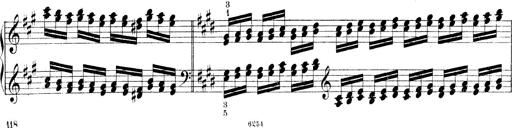
Title: Technische Studien
Composer: Franz Liszt